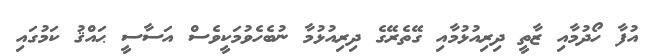
އުފާ ހޯދުމާއި ޒާތީ ދިރިއުޅުމާއި ގޭތެރޭގެ ދިރިއުޅުމާ ނުބެހެވުމަކީވެސް އަސާސީ ޙައްޤު ކަމުގައި